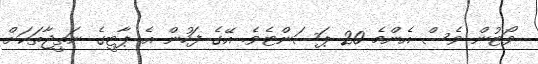
ވޯޓުން ވެސް އެންމެ 20 ޕަސަންޓެވެ. އޭގެ ފަހުން އެ ޕާޓީގެ ނަތީޖާތަކަށް